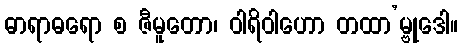
ဓာရာဓရော စ ဇီမူတော၊ ဝါရိဝါဟော တထာ’မ္ဗုဒေါ။